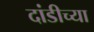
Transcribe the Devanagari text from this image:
दांडीच्या